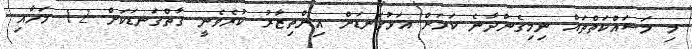
މި މަސައްކަތްތައް ނިމިގެންދާނެ ކަމަށް އަޅުގަނޑަށް އިންތިޒާރު ކުރެވެނީ ގާތްގަނޑަކަށް 12 މަހާއި